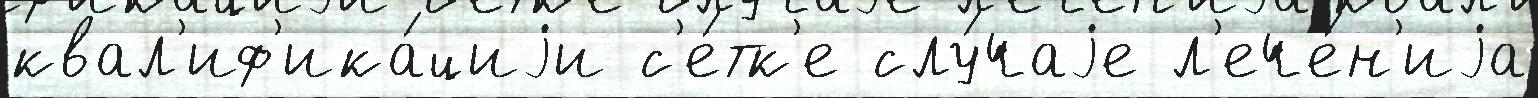
квал'иф'ика́циjи с'е́тк'е слу́чаjе л'ече́н'иjа